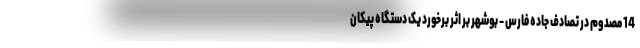
14 مصدوم در تصادف جاده فارس - بوشهر بر اثر برخورد یک دستگاه پیکان